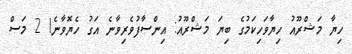
ހިޔާ މަޝްރޫއު ހިޔާވަހިކަމުގެ ބިޔަ މަޝްރޫއު: އިންސާފުވެރިވާނެ އަގު ހެޔޮވާނެ! 2 މަސް